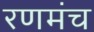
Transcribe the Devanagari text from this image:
रणमंच